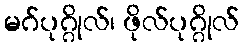
မဂ်ပုဂ္ဂိုလ်၊ ဖိုလ်ပုဂ္ဂိုလ်